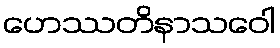
ဟေဿတိနာသဝေါ